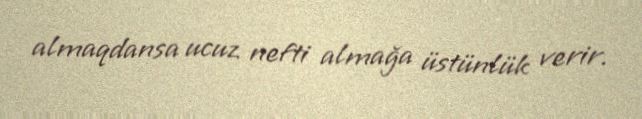
almaqdansa ucuz nefti almağa üstünlük verir.